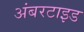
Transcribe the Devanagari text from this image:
अंबरटाइड